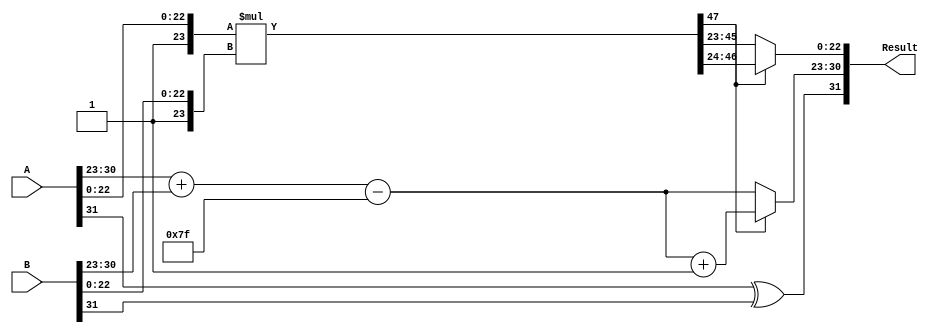
module float_multiplier (
    input [31:0] A, // First floating-point input
    input [31:0] B, // Second floating-point input
    output reg [31:0] Result // Resulting floating-point output
);

    // Internal signals for components of the floating-point numbers
    wire S_A = A[31];              // Sign bit of A
    wire S_B = B[31];              // Sign bit of B
    wire [7:0] E_A = A[30:23];     // Exponent of A
    wire [7:0] E_B = B[30:23];     // Exponent of B
    wire [23:0] M_A = {1'b1, A[22:0]}; // Mantissa of A with implicit leading 1
    wire [23:0] M_B = {1'b1, B[22:0]}; // Mantissa of B with implicit leading 1

    // Intermediate signals for results
    reg [47:0] M_R;               // Mantissa result (48 bits)
    reg [8:0] E_R;                // Exponent result (9 bits for overflow)
    wire S_R;                     // Sign of the result
    wire [22:0] M_R_normalized;   // Normalized mantissa
    wire [7:0] E_R_adjusted;      // Adjusted exponent after normalization

    // Calculate the sign of the result
    assign S_R = S_A ^ S_B;

    // Calculate the exponent of the result
    always @(*) begin
        E_R = (E_A + E_B - 8'd127); // Subtract bias
    end

    // Calculate mantissa product
    always @(*) begin
        M_R = M_A * M_B; // Multiply mantissas
    end

    // Normalization process
    always @(*) begin
        if (M_R[47]) begin
            M_R_normalized = M_R[46:24]; // Normal case, shift right
            E_R_adjusted = E_R + 1;      // Increment exponent
        end else begin
            M_R_normalized = M_R[45:23]; // Needs shifting for normalization
            E_R_adjusted = E_R;           // Exponent remains the same
            // Find leading 1 position if needed (not implemented in detail)
            // This is simplified for demonstration; actual implementation would require
            // logic to handle the shifts needed to normalize.
        end
    end

    // Assemble the result
    always @(*) begin
        Result = {S_R, E_R_adjusted[7:0], M_R_normalized[22:0]}; // Assemble final result
    end

endmodule